Reports on dispensaries and lunatic asylums in the Province of Oudh - 1869-1876
Year: 1869
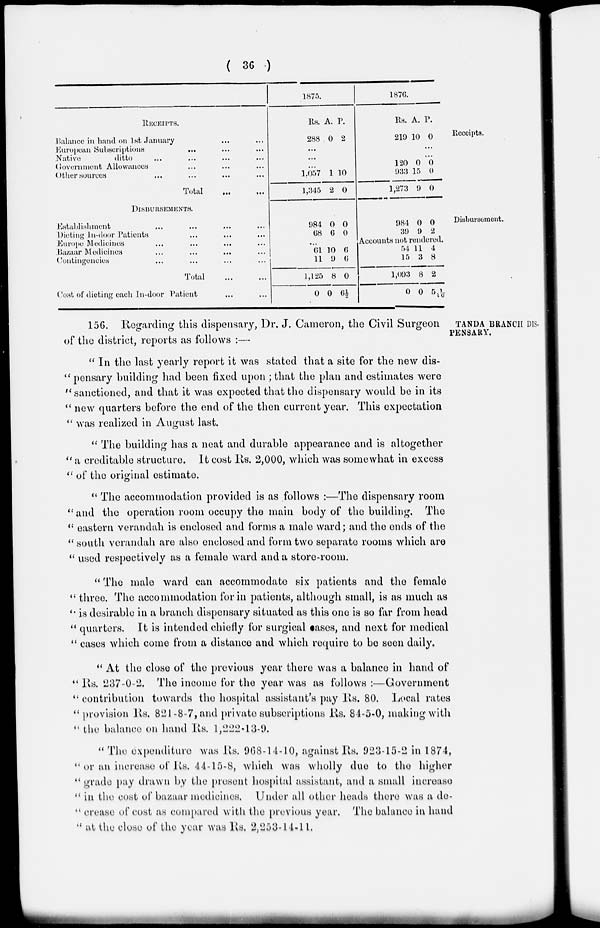
( 36 )
Receipts.
RECEIPTS.
Balance in hand on 1st January ... ...
European Subscriptions ... ... ...
Native
ditto ... ... ... ...
Govermnent Allowances ... ... ...
Other sources ... ... ... ...
Total
...
...
1875.
Rs.
288
A.
0
P.
2
...
...
...
1,057
1,345
1
2
10
0
1876.
Rs.
210
A.
10
P.
0
...
...
120
933
1,273
0
15
9
0
0
0
Disbursement.
DISBURSEMENTS.
Establishment ... ... ... ...
Dieting In-door Patients ... ... ...
Europe Medicines ... ... ... ...
Bazaar Medicines
...
...
...
...
Contingencies ... ... ... ...
Total
...
...
Cost of dieting each In-door Patient ... ...
984
68
0
6
0
0
...
61
11
1,125
0
10
9
8
0
6
6
0
6 ½
984
39
0
9
0
2
Accounts not rendered.
54
15
1,093
0
11
3
8
0
4
8
2
5 1/10
TANDA BRANCH DIS-
PENSARY.
156. Regarding this dispensary, Dr. J. Cameron, the Civil Surgeon
of the district, reports as follows :—
" In the last yearly report it was stated that a site for the new dis-
" pensary building had been fixed upon ; that the plan and estimates were
" sanctioned, and that it was expected that the dispensary would be in its
" new quarters before the end of the then current year. This expectation
" was realized in August last.
" The building has a neat and durable appearance and is altogether
" a creditable structure. It cost Rs. 2,000, which was somewhat in excess
" of the original estimate.
" The accommodation provided is as follows :—The dispensary room
"and the operation room occupy the main body of the building. The
" eastern verandah is enclosed and forms a male ward; and the ends of the
" south verandah are also enclosed and form two separate rooms which are
" used respectively as a female ward and a store-room.
" The male ward can accommodate six patients and the female
" three. The accommodation for in patients, although small, is as much as
" is desirable in a branch dispensary situated as this one is so far from head
" quarters. It is intended chiefly for surgical cases, and next for medical
" cases which come from a distance and which require to be seen daily.
" At the close of the previous year there was a balance in hand of
" Rs. 237-0-2. The income for the year was as follows :—Government
" contribution towards the hospital assistant's pay Rs. 80. Local rates
" provision Rs. 821-8-7, and private subscriptions Rs. 84-5-0, making with
" the balance on hand Rs. 1,222-13-9.
" The expenditure was Rs. 968-14-10, against Rs. 923-15-2 in 1874,
" or an increase of. Rs. 44-15-8, which was wholly due to the higher
" grade pay drawn by the present hospital assistant, and a small increase
" in the cost of bazaar medicines. Under all other heads there was a de-
" crease of cost as compared with the previous year. The balance in hand
" at the close of the year was Rs. 2,253-14-11.